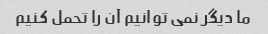
ما دیگر نمی توانیم آن را تحمل کنیم